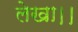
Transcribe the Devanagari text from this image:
लेखा।।